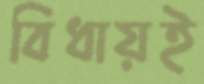
বিধায়ই